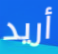
أريد